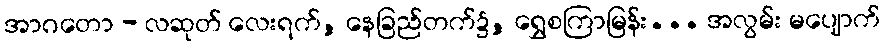
အာဂတော - လဆုတ် လေးရက်, နေခြည်တက်၌, ရွှေစကြာမြန်း... အလွမ်း မပျောက်